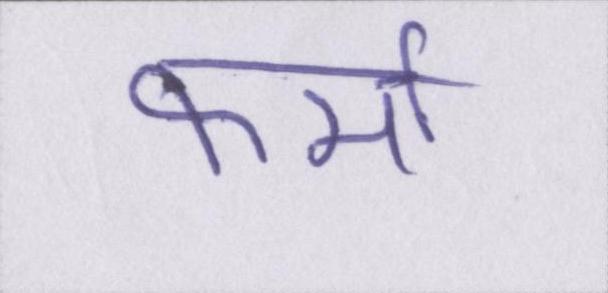
फर्मा